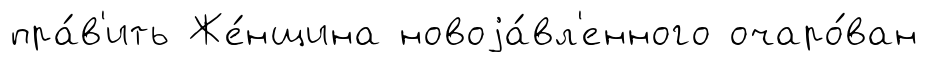
пра́в'ить Же́нщина новоjа́вл'енного очаро́ван